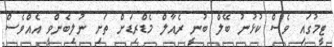
ޓީމުގައި ވެސް ކުޅުނު ބޭލް ބުނީ ރެއާލް މެޑްރިޑަށް ތަށި ނުލިބެންވީ އެއްވެސް